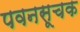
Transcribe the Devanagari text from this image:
पवनसूचक